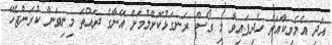
އަދި އެމެރިކާއަށް ހެދިފައިވާ މި ގޯސް ރަނގަޅުކޮށްލުމަށް އޭނާގެ ދައްތަ މިނިވަން ކުރަންޖެހޭ